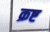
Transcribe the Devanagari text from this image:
क्रष्ट